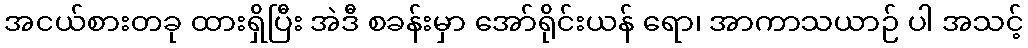
အငယ်စားတခု ထားရှိပြီး အဲဒီ စခန်းမှာ အော်ရိုင်းယန် ရော၊ အာကာသယာဉ် ပါ အသင့်